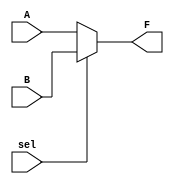
module mux_2to1 (
    input wire sel, A, B,
    output wire F);

    assign F = (sel == 1'b0) ? A : B;

endmodule